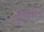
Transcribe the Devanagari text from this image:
युनिव्हार्सिटी